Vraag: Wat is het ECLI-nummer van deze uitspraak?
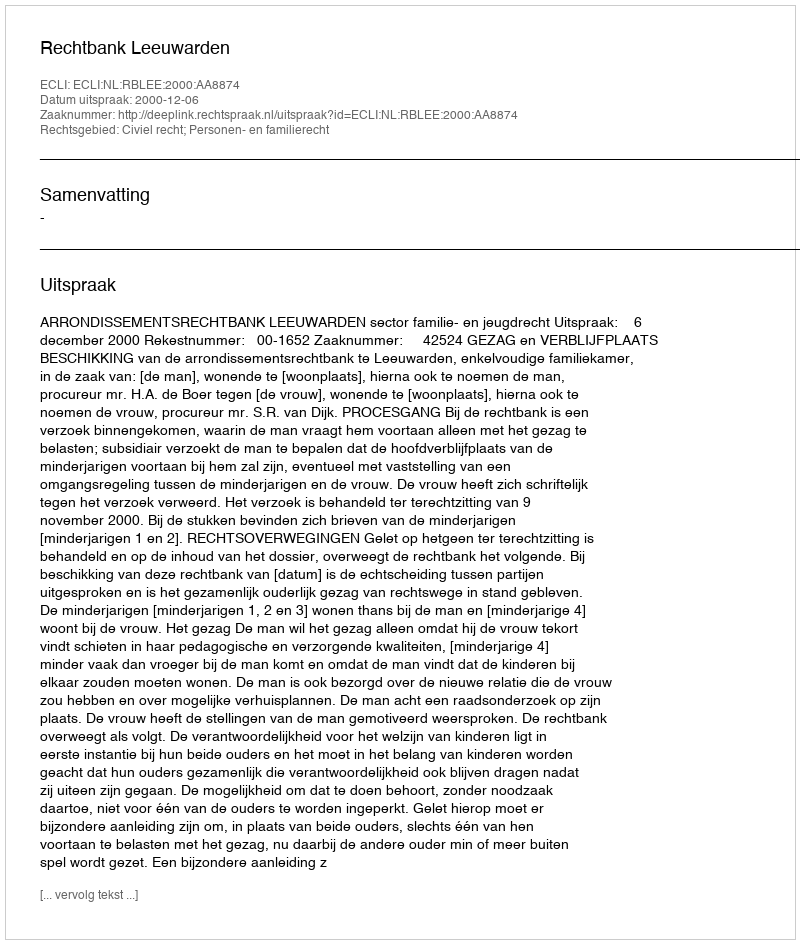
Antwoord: ECLI:NL:RBLEE:2000:AA8874